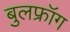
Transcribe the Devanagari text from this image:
बुलफ्रॉग